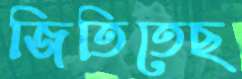
জিতিতেছ